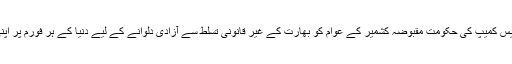
تحریک آزادی کشمیر کے بیس کمیپ کی حکومت مقبوضہ کشمیر کے عوام کو بھارت کے غیر قانونی تسلط سے آزادی دلوانے کے لیے دنیا کے ہر فورم پر اپنی آواز بلند کر تی رہے گی ۔